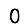
Digit: 0